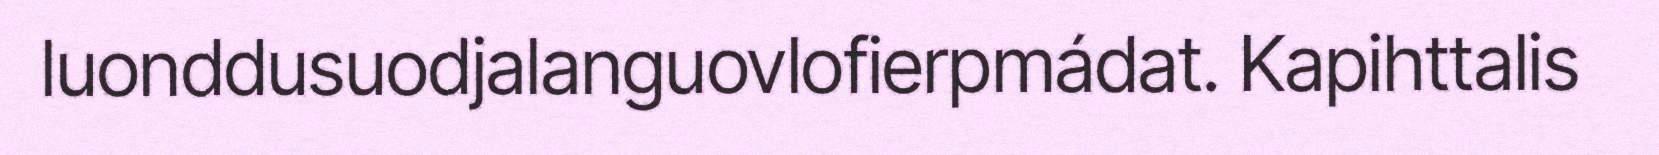
luonddusuodjalanguovlofierpmádat. Kapihttalis